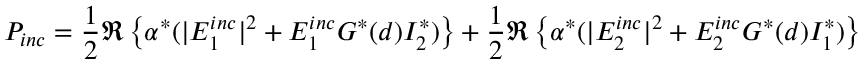
P _ { i n c } = \frac { 1 } { 2 } \Re \left\{ \alpha ^ { * } ( | E _ { 1 } ^ { i n c } | ^ { 2 } + E _ { 1 } ^ { i n c } G ^ { * } ( d ) I _ { 2 } ^ { * } ) \right\} + \frac { 1 } { 2 } \Re \left\{ \alpha ^ { * } ( | E _ { 2 } ^ { i n c } | ^ { 2 } + E _ { 2 } ^ { i n c } G ^ { * } ( d ) I _ { 1 } ^ { * } ) \right\}